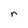
Character: r